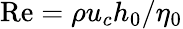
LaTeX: \mathrm{Re}=\rho u_{c}h_{0}/\eta_{0}